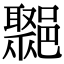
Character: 𨞮